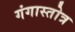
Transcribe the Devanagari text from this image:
गंगास्तोत्र